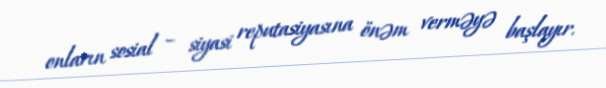
onların sosial – siyasi reputasiyasına önəm verməyə başlayır.